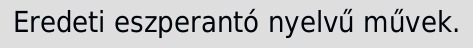
Eredeti eszperantó nyelvű művek.